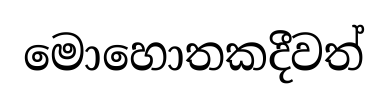
මොහොතකදීවත්